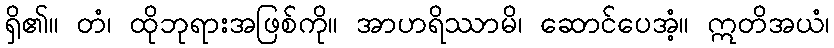
ရှိ၏။ တံ၊ ထိုဘုရားအဖြစ်ကို။ အာဟရိဿာမိ၊ ဆောင်ပေအံ့။ ဣတိအယံ၊